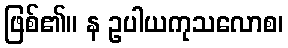
ဖြစ်၏။ န ဥပါယကုသလောစ၊